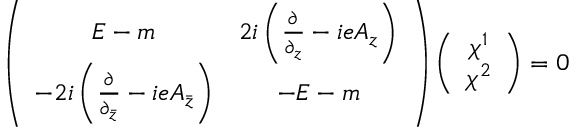
\left( \begin{array} { c c } { { E - m } } & { { 2 i \left( \frac { \partial } { \partial _ { z } } - i e A _ { z } \right) } } \\ { { - 2 i \left( \frac { \partial } { \partial _ { \bar { z } } } - i e A _ { \bar { z } } \right) } } & { { - E - m } } \end{array} \right) \left( \begin{array} { c } { { \chi ^ { 1 } } } \\ { { \chi ^ { 2 } } } \end{array} \right) = 0